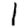
Digit: 1